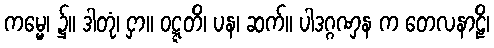
ကမ္မေ၊ ၌။ ဒါတုံ၊ ငှာ။ ဝဋ္ဋတိ၊ ပန၊ ဆက်။ ပါဒဂ္ဂဏှန က တေလနာဠိ၊